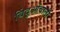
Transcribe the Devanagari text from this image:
बिंदुओंवाली